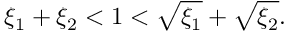
\xi _ { 1 } + \xi _ { 2 } < 1 < \sqrt { \xi _ { 1 } } + \sqrt { \xi _ { 2 } } .